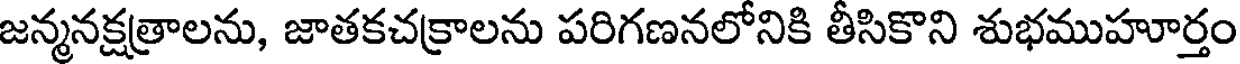
జన్మనక్షత్రాలను, జాతకచక్రాలను పరిగణనలోనికి తీసికొని శుభముహూర్తం